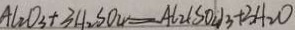
A l _ { 2 } O _ { 3 } + 3 H _ { 2 } S O _ { 4 } = A l _ { 2 } ( S O _ { 4 } ) 3 + 3 H _ { 2 } O